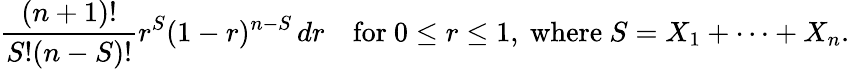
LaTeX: {\frac{(n+1)!}{S!(n-S)!}}r^{S}(1-r)^{n-S}\, dr\quad{\mathrm{for~}}0\leq r\leq 1,{\mathrm{~where~}}S=X_{1}+\cdots+X_{n}.